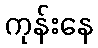
ကုန်းနေ